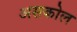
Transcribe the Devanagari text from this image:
असकोल